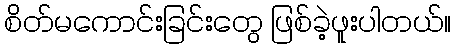
စိတ်မကောင်းခြင်းတွေ ဖြစ်ခဲ့ဖူးပါတယ်။